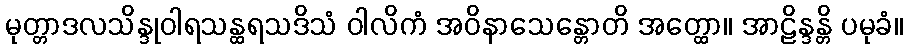
မုတ္တာဒလသိန္ဒုဝါရသန္ထရသဒိသံ ဝါလိကံ အဝိနာသေန္တောတိ အတ္ထော။ အာဠိန္ဒန္တိ ပမုခံ။